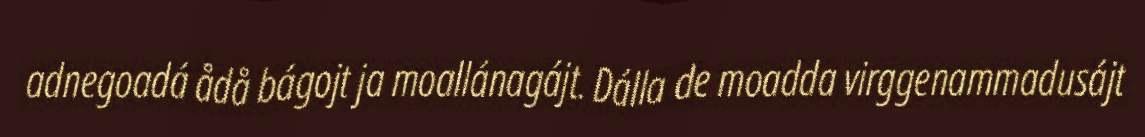
adnegoadá ådå bágojt ja moallánagájt. Dálla de moadda virggenammadusájt